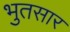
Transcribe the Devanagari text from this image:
भुतसार